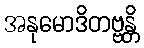
အနုမောဒိတဗ္ဗန္တိ